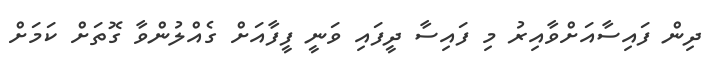
ދިން ފައިސާއަށްވާއިރު މި ފައިސާ ދީފައި ވަނީ ފީފާއަށް ގެއްލުންވާ ގޮތަށް ކަމަށް